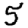
Digit: 5